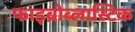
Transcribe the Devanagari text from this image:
फाइब्रोब्लास्टिक